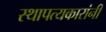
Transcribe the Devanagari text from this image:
स्थापत्यकारांनी